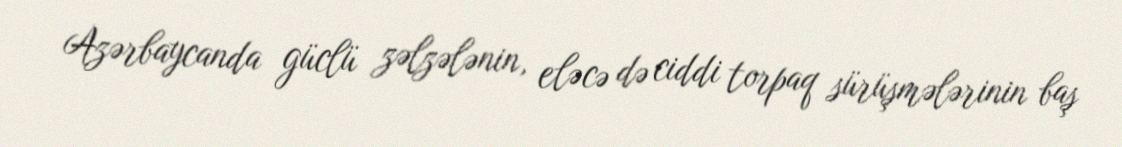
Azərbaycanda güclü zəlzələnin, eləcə də ciddi torpaq sürüşmələrinin baş